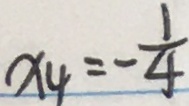
x _ { 4 } = - \frac { 1 } { 4 }